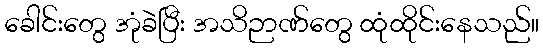
ခေါင်းတွေ အုံခဲပြီး အသိဉာဏ်တွေ ထုံထိုင်းနေသည်။